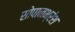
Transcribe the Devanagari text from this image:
सोपानभ्रंश